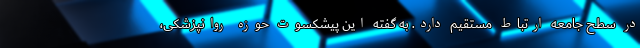
در سطح جامعه ارتباط مستقیم دارد. به گفته این پیشکسوت حوزه روانپزشکی،‌